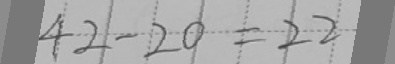
4 2 - 2 0 = 2 2